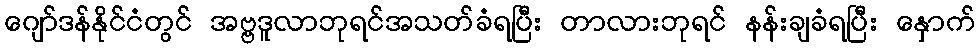
ဂျော်ဒန်နိုင်ငံတွင် အဗ္ဗဒူလာဘုရင်အသတ်ခံရပြီး တာလားဘုရင် နန်းချခံရပြီး နှောက်